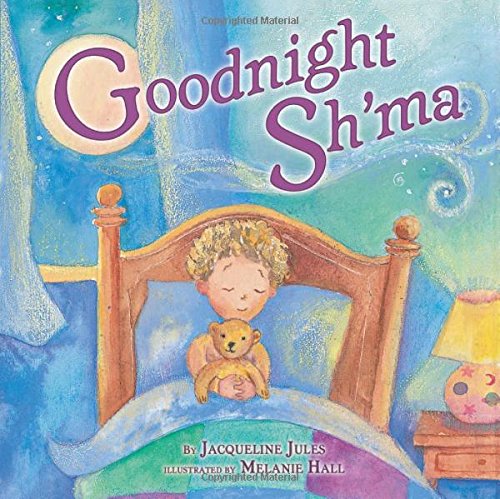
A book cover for Goodnight Sh'ma (Very First Board Books); Jacqueline Jules; Children's Books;